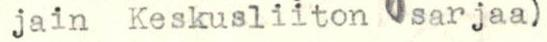
jain Keskusliiton sarjaa)